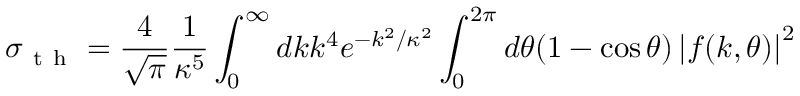
\sigma _ { \mathrm { ~ t ~ h ~ } } = \frac { 4 } { \sqrt { \pi } } \frac { 1 } { \kappa ^ { 5 } } \int _ { 0 } ^ { \infty } d k k ^ { 4 } e ^ { - k ^ { 2 } / \kappa ^ { 2 } } \int _ { 0 } ^ { 2 \pi } d \theta ( 1 - \cos \theta ) \left| f ( k , \theta ) \right| ^ { 2 }